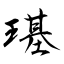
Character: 璂